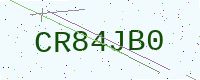
Text: CR84JB0